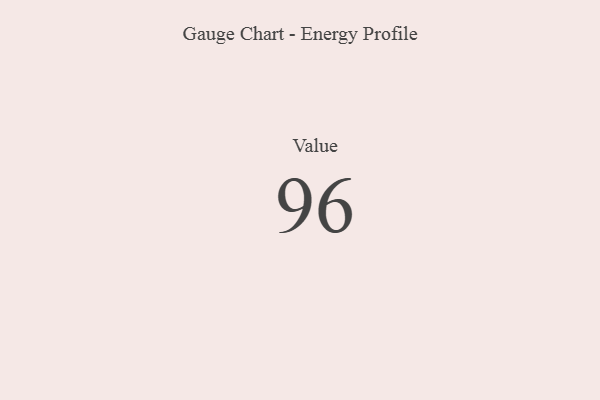
{"axis": {"x": "Metric", "y": "Value"}, "legend": [""], "data": [{"x": "Value", "y": 96, "type": ""}]}